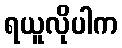
ရယူလိုပါက